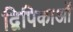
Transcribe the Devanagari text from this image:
द्विपिकाओं